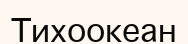
Тихоокеан